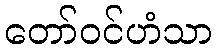
တော်ဝင်ဟံသာ